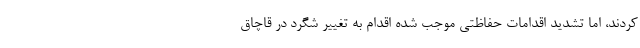
کردند، اما تشدید اقدامات حفاظتی موجب شده اقدام به تغییر شگرد در قاچاق